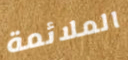
الملائمة